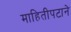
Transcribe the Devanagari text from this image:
माहितीपटाने